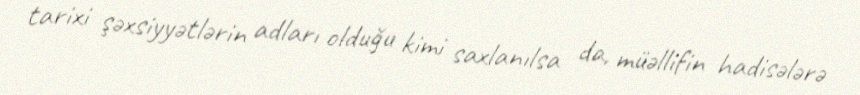
tarixi şəxsiyyətlərin adları olduğu kimi saxlanılsa da, müəllifin hadisələrə